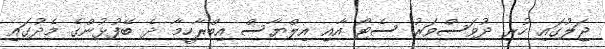
ޖަލުގައި ހުރި ދުވަސްވަރު ސެޓޯ އާއި އިލްޔާސް އިބްރާހީމާ ދެ ބޭފުޅުންގެ މެދުގައި